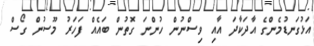
އަޅުގަނޑުމެންގެ އާދަކާދަ އާއި ވިސްނުން ހުންނަ ގޮތުން ބައެއް ފަހަރު މޫސުން ގޯސް